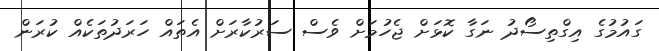
ގައުމުގެ އިގްތިސޯދު ނަގާ ކޮޅަށް ޖެހުމަށް ވެސް ސަރުކާރަށް އެތައް ހަރަދުތަކެއް ކުރަން